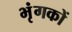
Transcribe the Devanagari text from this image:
भृंगकों